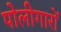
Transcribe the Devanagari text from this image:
पोलीगारों